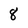
Character: 8